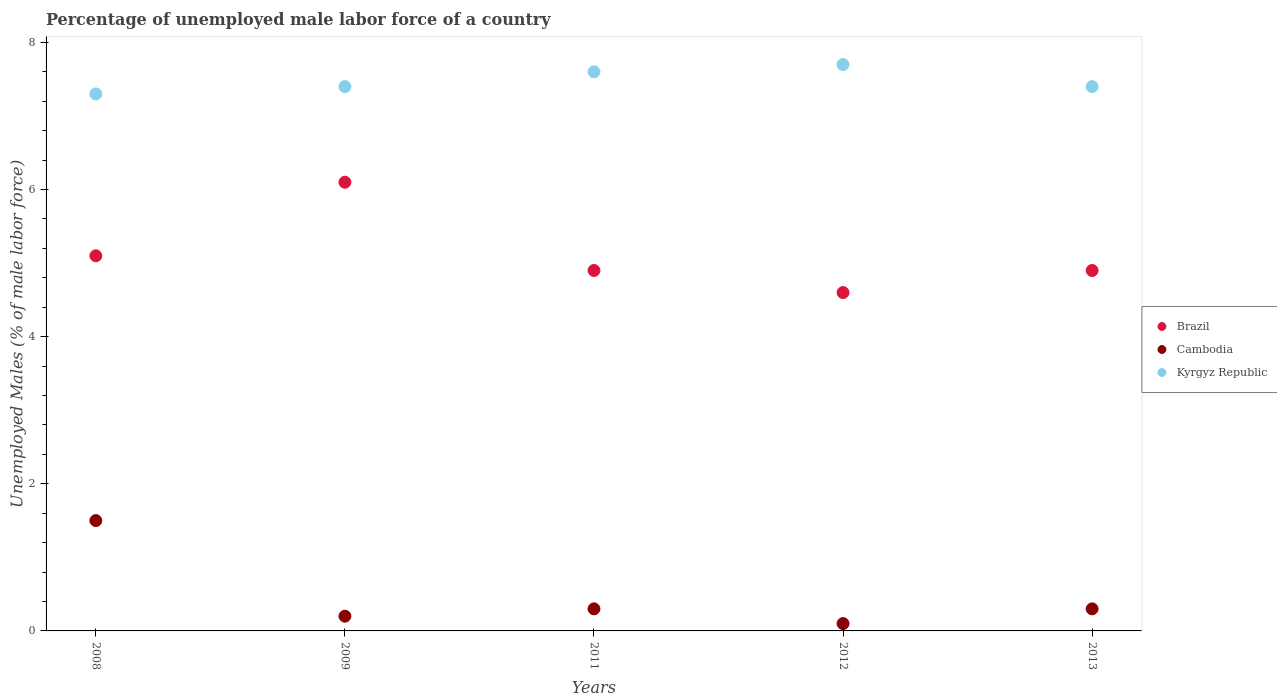
| Years | Brazil | Cambodia | Kyrgyz Republic |
 | --- | --- | --- | --- |
 | 2008 | 5.1 | 1.5 | 7.3 |
 | 2009 | 6.1 | 0.2 | 7.4 |
 | 2011 | 4.9 | 0.3 | 7.6 |
 | 2012 | 4.6 | 0.1 | 7.7 |
 | 2013 | 4.9 | 0.3 | 7.4 |